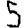
Digit: 5